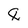
Character: 8